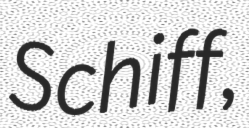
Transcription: Schiff,